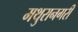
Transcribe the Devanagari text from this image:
मथुरानगरी